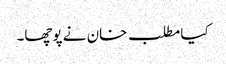
کیا مطلب خان نے پوچھا۔